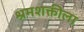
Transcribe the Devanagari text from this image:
श्रमशक्तीला